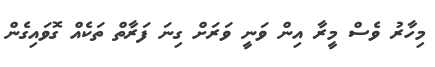
މިހާރު ވެސް މީރާ އިން ވަނީ ވަރަށް ގިނަ ފަރާތް ތަކެއް ގޮވައިގެން